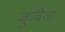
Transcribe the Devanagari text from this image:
कुबैता